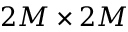
2 M \times 2 M